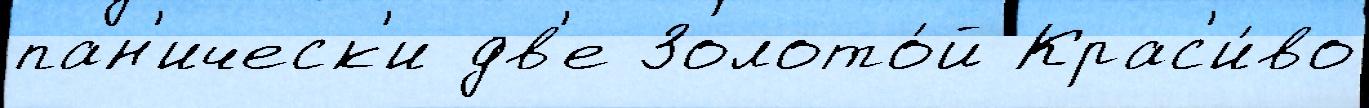
пан'ическ'и дв'е Золото́й Крас'и́во